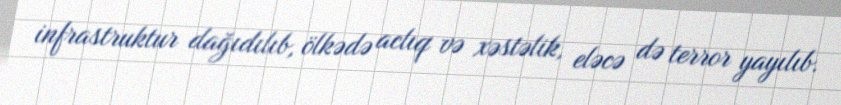
infrastruktur dağıdılıb, ölkədə aclıq və xəstəlik, eləcə də terror yayılıb.